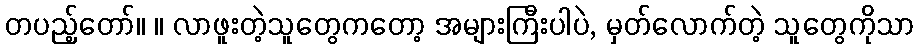
တပည့်တော်။ ။ လာဖူးတဲ့သူတွေကတော့ အများကြီးပါပဲ, မှတ်လောက်တဲ့ သူတွေကိုသာ